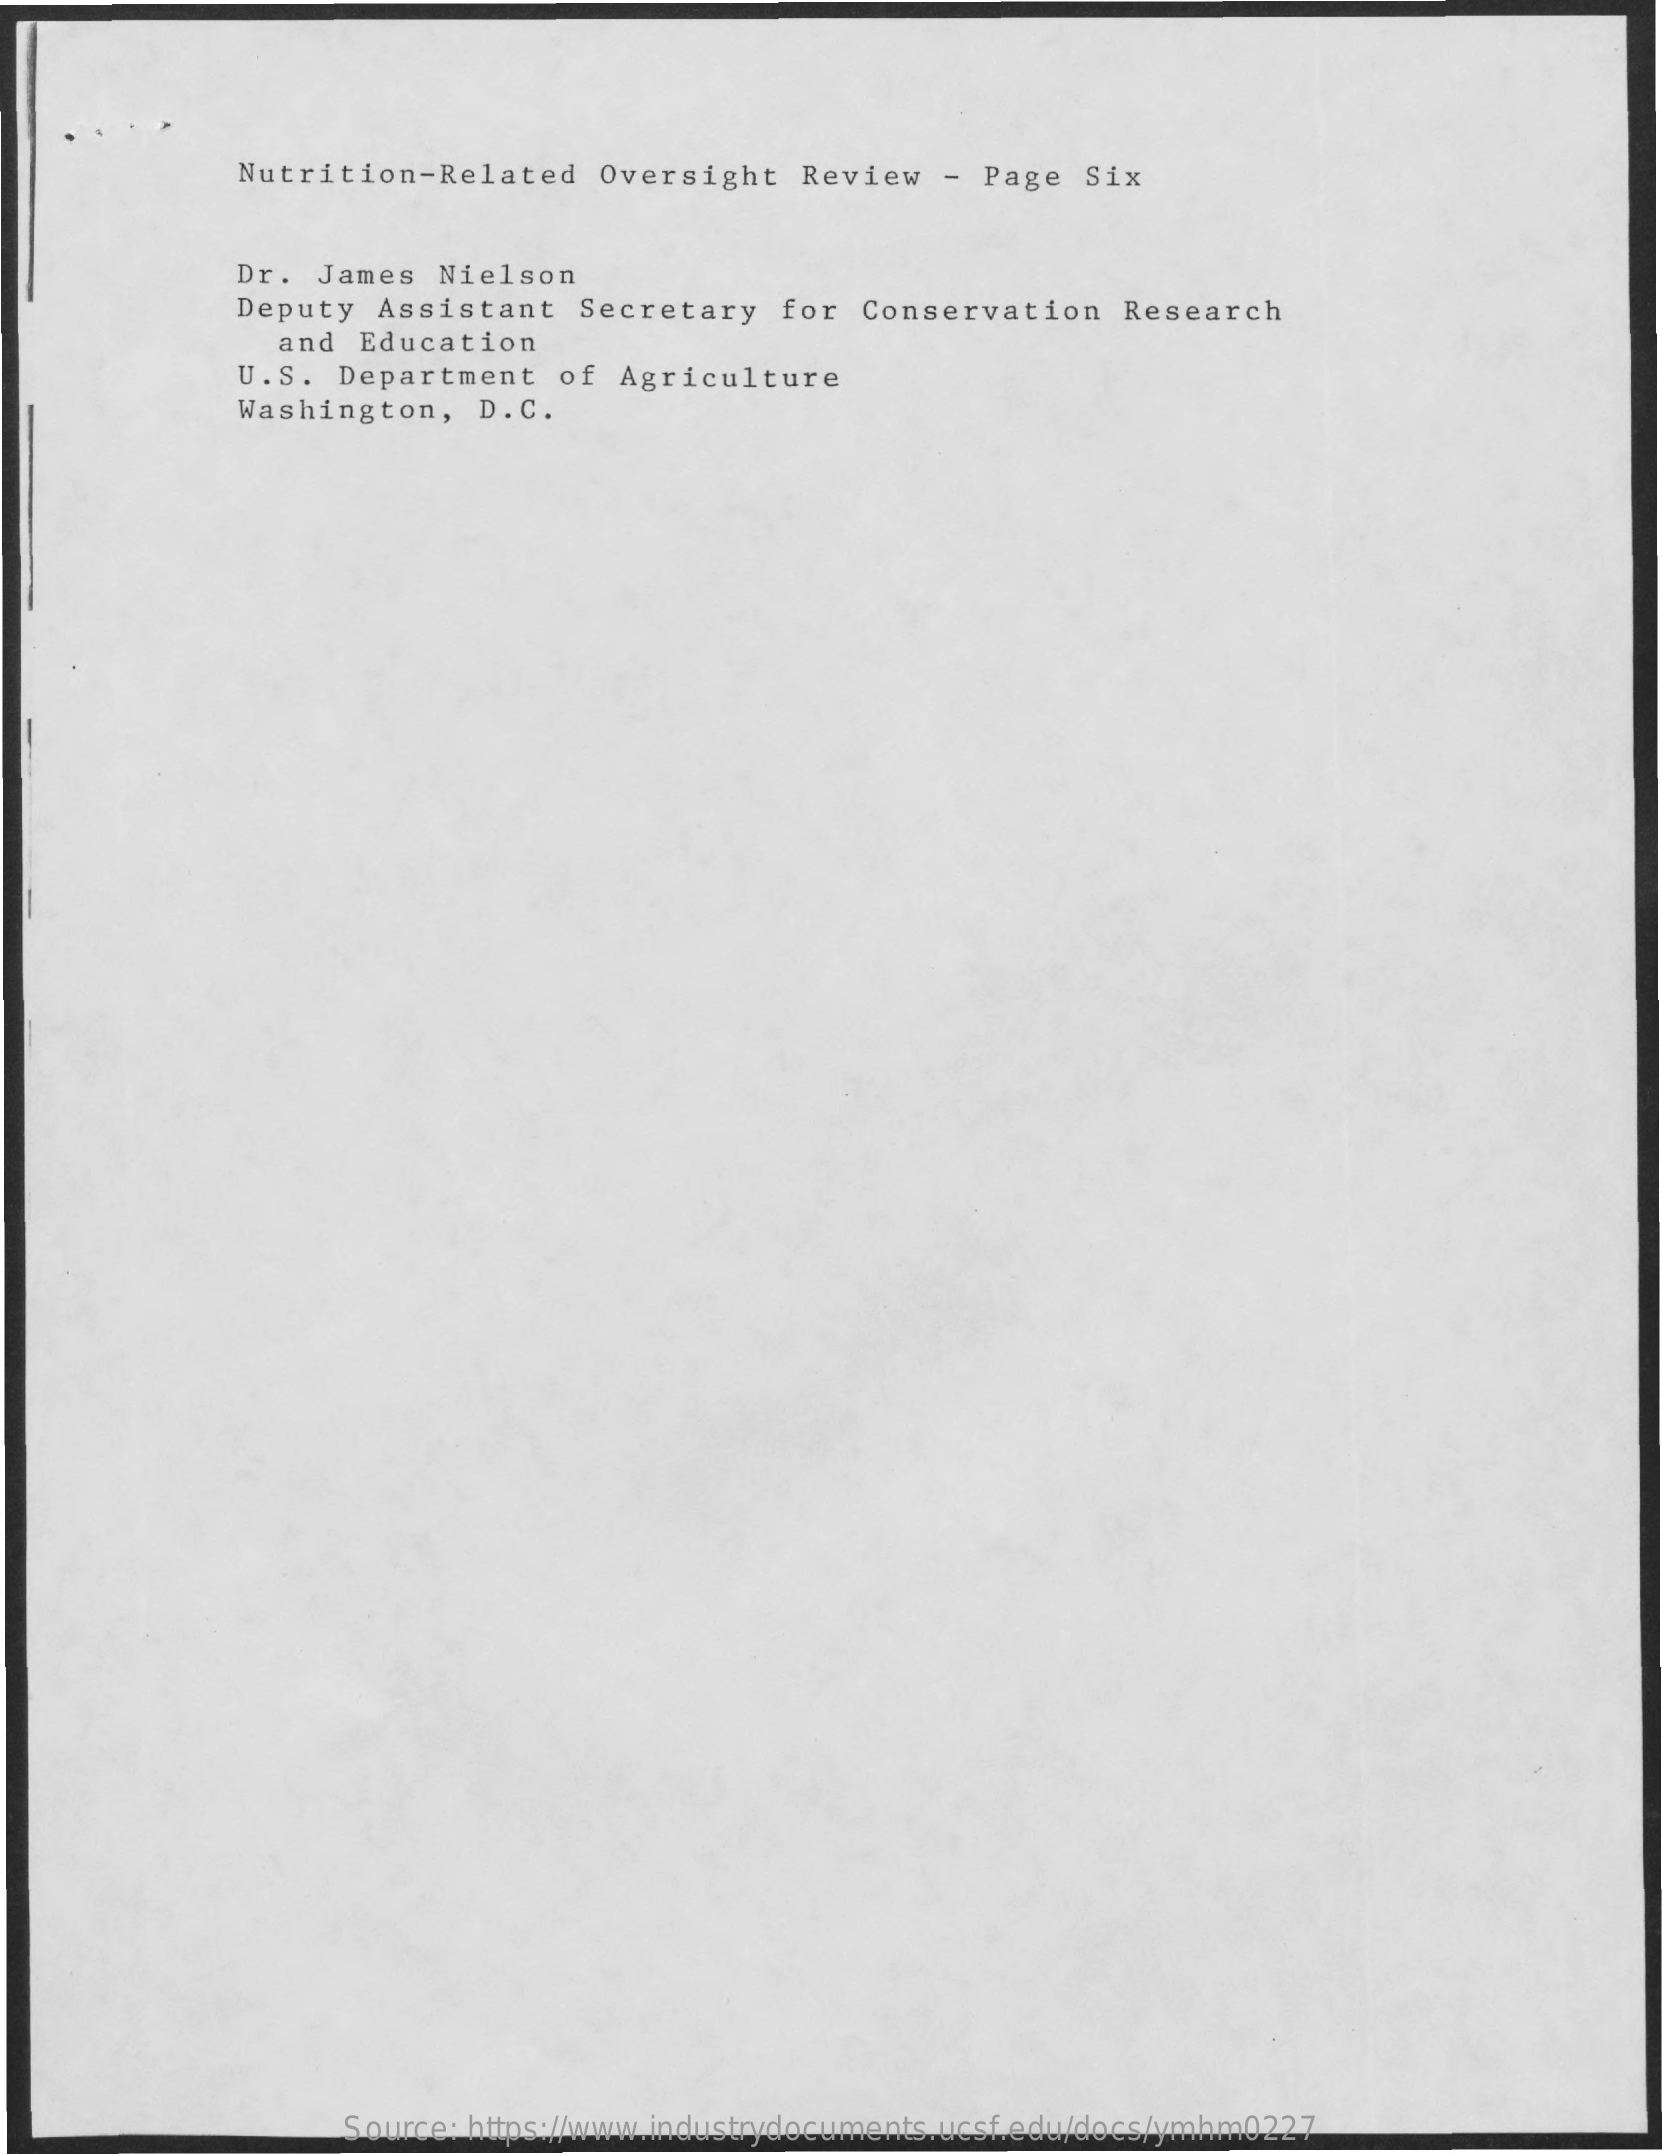
Nutrition-Related    Oversight    Review   - Page  Six
     Dr. James   Nielson
     Deputy  Assistant   Secretary    for Conservation    Research
     and  Education
     U.S.  Department   of  Agriculture
     Washington,   D. C.
     Source: https://www.industrydocuments.ucsf.edu/docs/ymhm0227